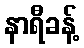
နာရီခန့်